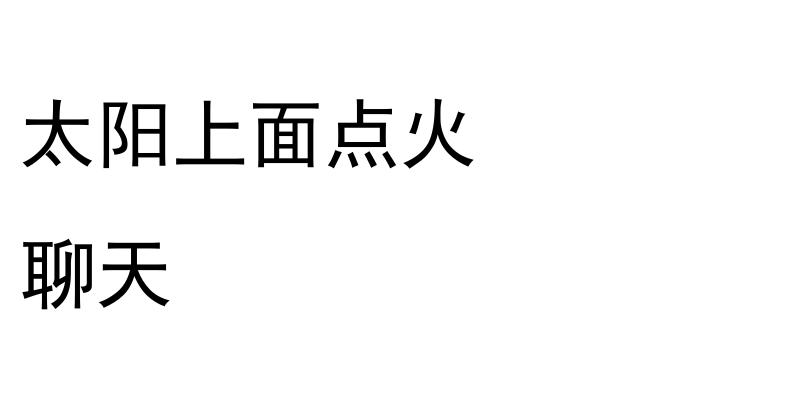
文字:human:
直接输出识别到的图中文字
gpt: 太阳上面点火 聊天